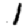
Digit: 1